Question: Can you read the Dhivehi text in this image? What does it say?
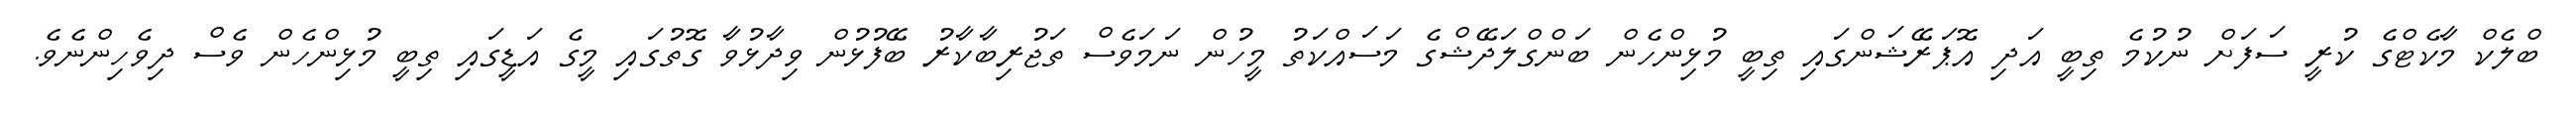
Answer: ބްލެކް މާކެޓްގެ ކުރީ ސަފަށް ނުކުމެ ތިބީ އަދި އޮޕަރޭޝަންގައި ތިބީ މުޅިންހެން ބަންގްލަދޭޝްގެ މަސައްކަތު މީހުން ނަމަވެސް ތަޖުރިބާކާރު ބޭފުޅުން ވިދާޅުވާ ގޮތުގައި މީގެ އަޑީގައި ތިބީ މުޅިންހެން ވެސް ދިވެހިންނެވެ.